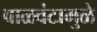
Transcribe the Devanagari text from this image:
वाळवंटामुळे